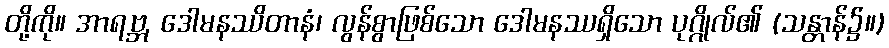
တို့ကို။ အာရဗ္ဘ, ဒေါမနဿိတာနံ၊ လွန်စွာဖြစ်သော ဒေါမနဿရှိသော ပုဂ္ဂိုလ်၏ (သန္တာန်၌။)